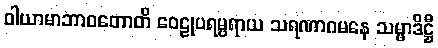
ဝါယာမာဘာဝတောတိ ဝေဠုပရမ္ပရာယ သရဏာဂမနေ သမ္မာဒိဋ္ဌီ